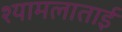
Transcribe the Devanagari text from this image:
श्यामलाताई